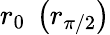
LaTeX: r_{0}\ \left(r_{\pi/2}\right)